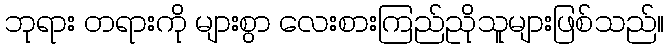
ဘုရား တရားကို များစွာ လေးစားကြည်ညိုသူများဖြစ်သည်။